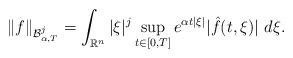
LaTeX: \begin{align*}\|f\|_{\mathcal{B}_{\alpha,T}^{j}}=\int_{\mathbb{R}^{n}}|\xi|^{j}\sup_{t\in[0,T]}e^{\alpha t|\xi|}|\hat{f}(t,\xi)|\ d\xi.\end{align*}